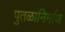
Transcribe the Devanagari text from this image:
पुतळानिर्माण